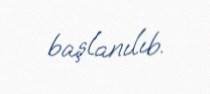
başlanılıb.